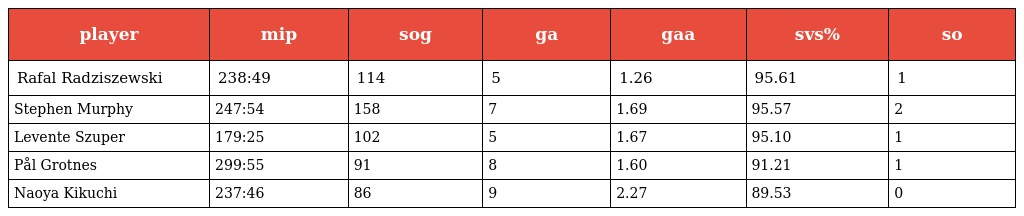
| player | mip | sog | ga | gaa | svs% | so |
 | --- | --- | --- | --- | --- | --- | --- |
 | Rafal Radziszewski | 238:49 | 114 | 5 | 1.26 | 95.61 | 1 |
 | Stephen Murphy | 247:54 | 158 | 7 | 1.69 | 95.57 | 2 |
 | Levente Szuper | 179:25 | 102 | 5 | 1.67 | 95.10 | 1 |
 | Pål Grotnes | 299:55 | 91 | 8 | 1.60 | 91.21 | 1 |
 | Naoya Kikuchi | 237:46 | 86 | 9 | 2.27 | 89.53 | 0 |